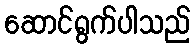
ဆောင်ရွက်ပါသည်